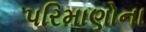
પરિમાણોના